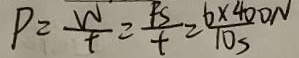
P = \frac { W } { t } = \frac { F S } { t } = \frac { 6 \times 4 0 0 N } { 1 0 s }